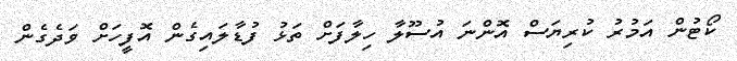
ކޯޓުން އަމުރު ކުރިޔަސް އޮންނަ އުސޫލާ ހިލާފަށް ތަޅު ފުޑާލައިގެން އޮފީހަށް ވަދެގެން